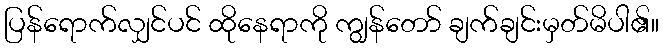
ပြန်ရောက်လျှင်ပင် ထိုနေရာကို ကျွန်တော် ချက်ချင်းမှတ်မိပါ၏။